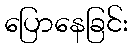
ပြောနေခြင်း